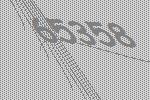
65358